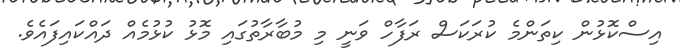
އިސްކޮޅުން ކިތަންމެ ކުރަކަސް ރަފާހް ވަނީ މި މުބާރާތުގައި މޮޅު ކުޅުމެއް ދައްކައިފައެވެ.